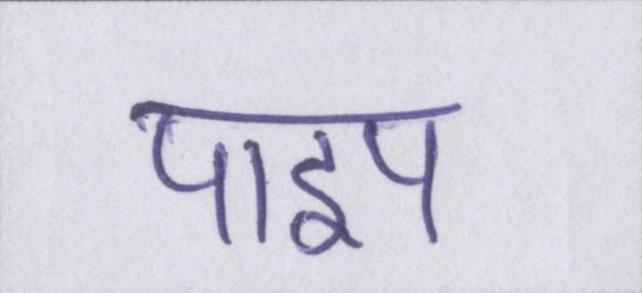
पाइप